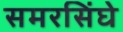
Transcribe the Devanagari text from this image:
समरसिंघे